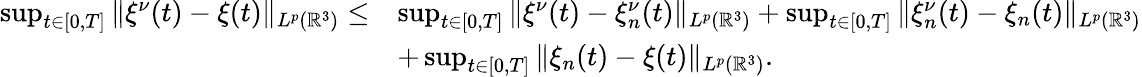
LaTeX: \begin{array}{rl}{\operatorname*{sup}_{t\in[0,T]}\| \xi^{\nu}(t)-\xi(t)\| _{L^{p}(\mathbb{R}^{3})}\leq}&{\operatorname*{sup}_{t\in[0,T]}\| \xi^{\nu}(t)-\xi_{n}^{\nu}(t)\| _{L^{p}(\mathbb{R}^{3})}+\operatorname*{sup}_{t\in[0,T]}\| \xi_{n}^{\nu}(t)-\xi_{n}(t)\| _{L^{p}(\mathbb{R}^{3})}}\\ &{+\operatorname*{sup}_{t\in[0,T]}\| \xi_{n}(t)-\xi(t)\| _{L^{p}(\mathbb{R}^{3})}.}\end{array}